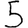
Digit: 5